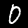
Label: 0